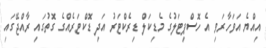
އިއްޔެ އަވަހާރަވި އެ ހޮސްޕިޓަލުގެ މެޑިކަލް ޑިރެކްޓަރު އަދި ޑޮކްޓަރެއްގެ ގޮތުގައި ރާއްޖޭގައި